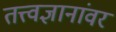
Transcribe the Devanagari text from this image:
तत्त्वज्ञानांवर